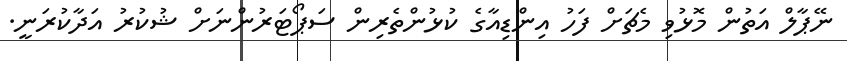
ނޭޕާލް އަތުން މޮޅުވި މެޗަށް ފަހު އިންޑިއާގެ ކުޅުންތެރިން ސަޕޯޓަރުންނަށް ޝުކުރު އަދާކުރަނީ.